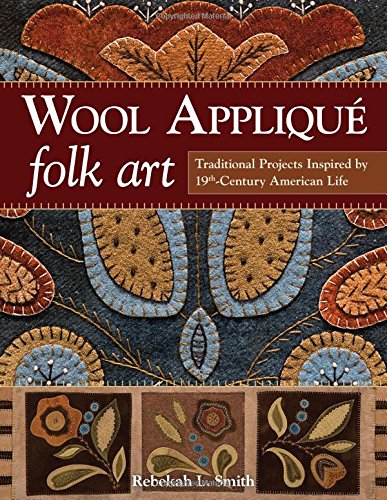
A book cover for Wool AppliquÃ© Folk Art: Traditional Projects Inspired by 19th-Century American Life; Rebekah L. Smith; Crafts, Hobbies & Home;